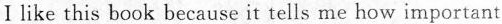
Ⅰlike this book because it tells me how important